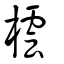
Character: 橒